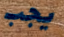
يجب